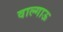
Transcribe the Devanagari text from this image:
वाल्गाऊ